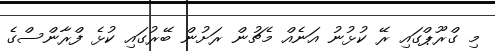
މި ގްރޫޕްގައި ރޭ ކުޅުނު އަނެއް މެޗުން ރަށުން ބޭރުގައި ކުޅެ ފްރާންސްގެ